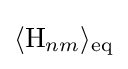
\langle \mathrm {H} _{nm}\rangle _{\text{eq}}